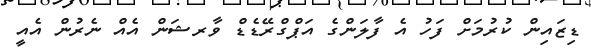
ޑިޒައިން ކުރުމަށް ފަހު އެ ފާލަންގެ އަޕްގްރޭޑެޑް ވާރޝަން އެއް ނެރުން އެއީ